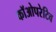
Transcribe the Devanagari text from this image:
कॉओपरेटिव